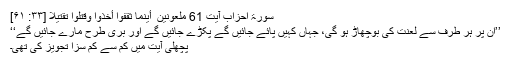
سورۃ احزاب آیت 61 مَّلْعُونِینَ ۖ أَیْنَمَا ثُقِفُوا أُخِذُوا وَقُتِّلُوا تَقْتِیلًا [۳۳: ۶۱]
’’ان پر ہر طرف سے لعنت کی بوچھاڑ ہو گی، جہاں کہیں پائے جائیں گے پکڑے جائیں گے اور بُری طرح مارے جائیں گے‘‘
پچھلی آیت میں کم سے کم سزا تجویز کی تھی۔